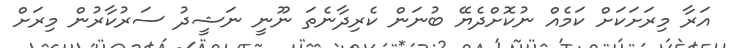
އަރާ މިރަށަކަށް ކަމެއް ނުކޮށްދެޔޭ ބުނަން ކެރިދާނެތަ ނޫނީ ނަޝީދު ސަރުކާރުން މިރަށް